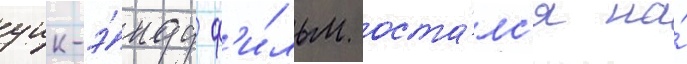
уик-э́нду ф'и́льм оста́лс'я на́